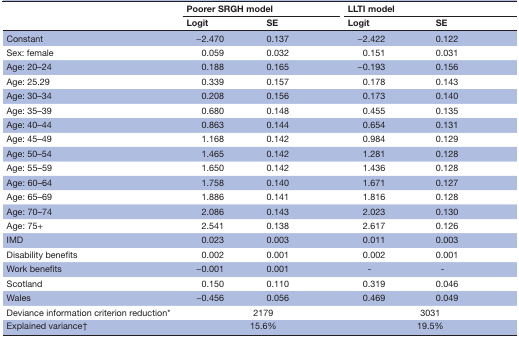
<table><thead><tr><td rowspan="2"></td><td colspan="2"><b>Poorer SRGH model</b></td><td colspan="2"><b>LLTI model</b></td></tr><tr><td><b>Logit</b></td><td><b>SE</b></td><td><b>Logit</b></td><td><b>SE</b></td></tr></thead><tbody><tr><td>Constant</td><td>−2.470</td><td>0.137</td><td>−2.422</td><td>0.122</td></tr><tr><td>Sex: female</td><td>0.059</td><td>0.032</td><td>0.151</td><td>0.031</td></tr><tr><td>Age: 20–24</td><td>0.188</td><td>0.165</td><td>−0.193</td><td>0.156</td></tr><tr><td>Age: 25.29</td><td>0.339</td><td>0.157</td><td>0.178</td><td>0.143</td></tr><tr><td>Age: 30–34</td><td>0.208</td><td>0.156</td><td>0.173</td><td>0.140</td></tr><tr><td>Age: 35–39</td><td>0.680</td><td>0.148</td><td>0.455</td><td>0.135</td></tr><tr><td>Age: 40–44</td><td>0.863</td><td>0.144</td><td>0.654</td><td>0.131</td></tr><tr><td>Age: 45–49</td><td>1.168</td><td>0.142</td><td>0.984</td><td>0.129</td></tr><tr><td>Age: 50–54</td><td>1.465</td><td>0.142</td><td>1.281</td><td>0.128</td></tr><tr><td>Age: 55–59</td><td>1.650</td><td>0.142</td><td>1.436</td><td>0.128</td></tr><tr><td>Age: 60–64</td><td>1.758</td><td>0.140</td><td>1.671</td><td>0.127</td></tr><tr><td>Age: 65–69</td><td>1.886</td><td>0.141</td><td>1.816</td><td>0.128</td></tr><tr><td>Age: 70–74</td><td>2.086</td><td>0.143</td><td>2.023</td><td>0.130</td></tr><tr><td>Age: 75+</td><td>2.541</td><td>0.138</td><td>2.617</td><td>0.126</td></tr><tr><td>IMD</td><td>0.023</td><td>0.003</td><td>0.011</td><td>0.003</td></tr><tr><td>Disability benefits</td><td>0.002</td><td>0.001</td><td>0.002</td><td>0.001</td></tr><tr><td>Work benefits</td><td>−0.001</td><td>0.001</td><td>-</td><td>-</td></tr><tr><td>Scotland</td><td>0.150</td><td>0.110</td><td>0.319</td><td>0.046</td></tr><tr><td>Wales</td><td>−0.456</td><td>0.056</td><td>0.469</td><td>0.049</td></tr><tr><td>Deviance information criterion reduction*</td><td colspan="2">2179</td><td colspan="2">3031</td></tr><tr><td>Explained variance†</td><td colspan="2">15.6%</td><td colspan="2">19.5%</td></tr></tbody></table>